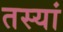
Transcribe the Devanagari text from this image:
तस्यां